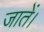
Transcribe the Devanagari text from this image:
जातें।